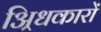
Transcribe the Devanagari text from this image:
अ्रिधकारों